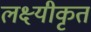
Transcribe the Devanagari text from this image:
लक्ष्यीकृत